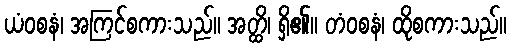
ယံဝစနံ၊ အကြင်စကားသည်။ အတ္ထိ၊ ရှိ၏။ တံဝစနံ၊ ထိုစကားသည်။